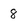
Character: 8